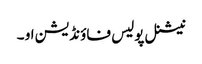
نیشنل پولیس فاؤنڈیشن او ۔